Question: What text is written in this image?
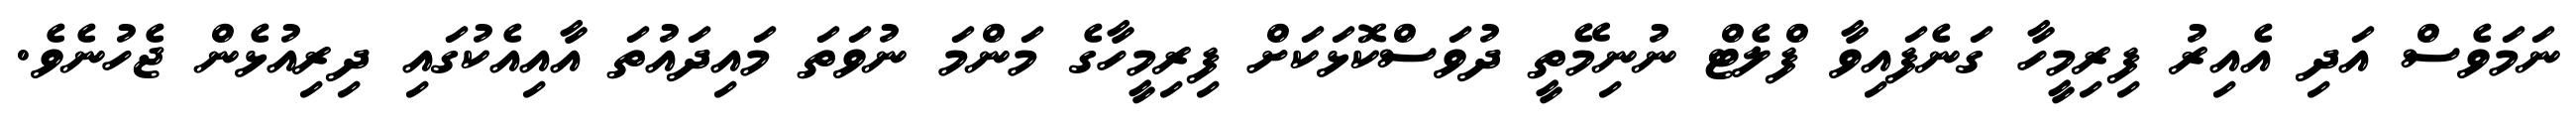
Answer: ނަމަވެސް އަދި އެއިރު ފިރިމީހާ ގަނެފައިވާ ފްލެޓް ނުނިމޭތީ ދުވަސްކޮޅަކަށް ފިރިމީހާގެ މަންމަ ނުވަތަ މައިދައުތަ އާއިއެކުގައި ދިރިއުޅެން ޖެހުނެވެ.